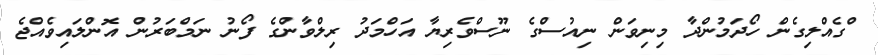
ްގެއްލިގެން ހޯދަމުންދާ މިނިވަން ނިއުސްގެ ނޫސްވެރިޔާ އަހްމަދު ރިލްވާންގެ ފޯނު ނަމްބަރުން އޮންލައިވެއްޖެ